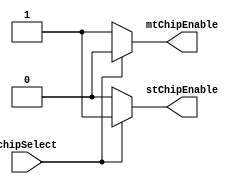
module ChipSelectDecoder(
		input 	 						chipSelect,
		output reg					 mtChipEnable,
		output reg					 stChipEnable
    );

	always @ (*) begin
		if(chipSelect) begin
			mtChipEnable = 0;
			stChipEnable = 1;
		end
		else begin
			mtChipEnable = 1;
			stChipEnable = 0;
		end
	end

endmodule